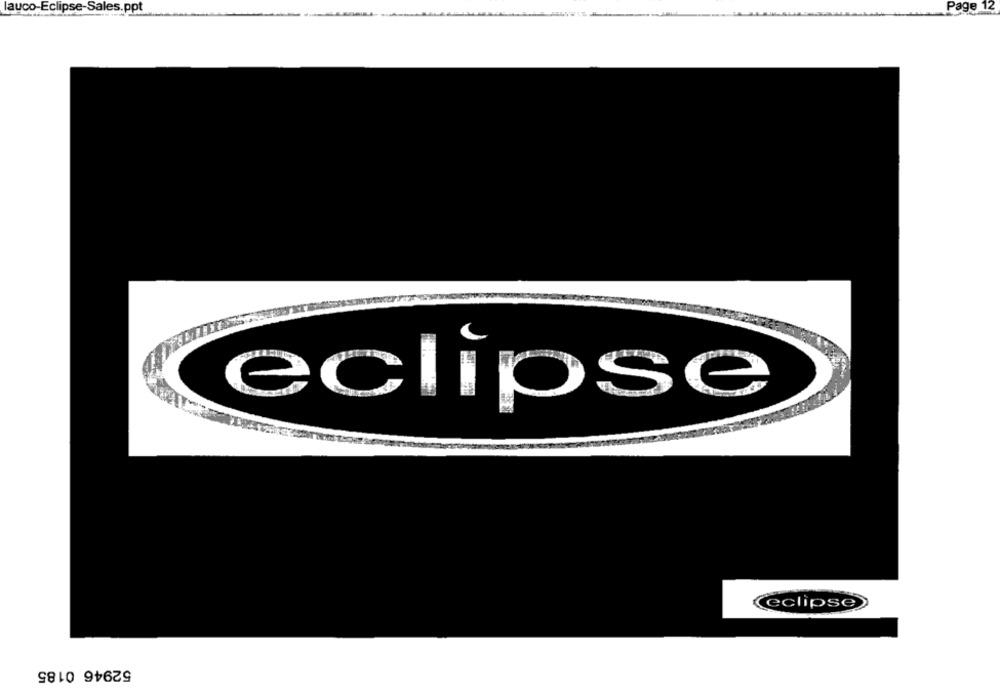
Page 12
lauco-Eclipse-Sales.p
eclipse
(eclipse
52946 0185